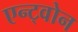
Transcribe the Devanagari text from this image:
एन्ट्वोन